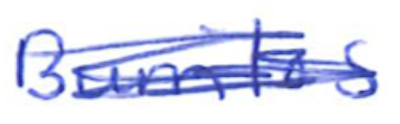
Text: Burritos
Cross-out: scratch
Writing tool: ballpoint